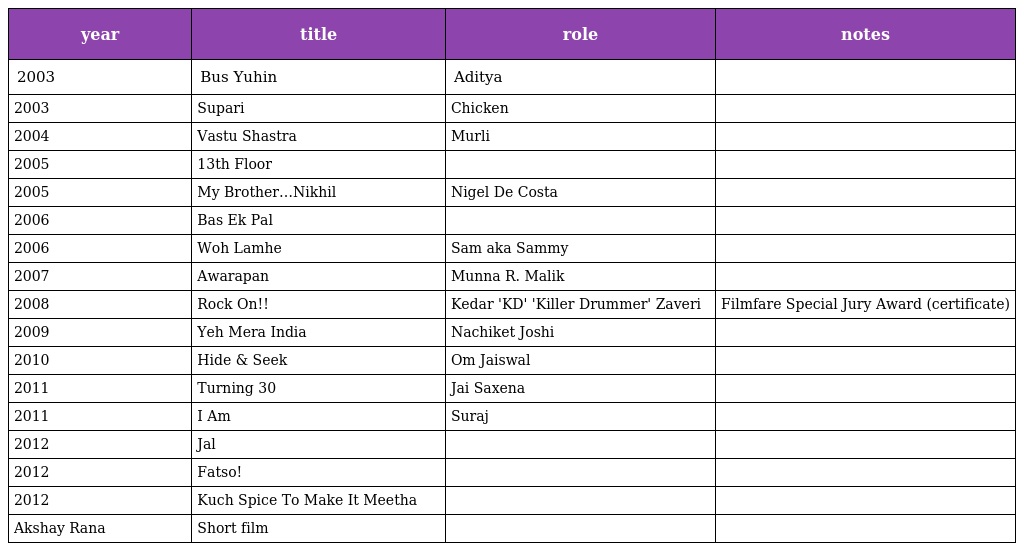
| year | title | role | notes |
 | --- | --- | --- | --- |
 | 2003 | Bus Yuhin | Aditya |  |
 | 2003 | Supari | Chicken |  |
 | 2004 | Vastu Shastra | Murli |  |
 | 2005 | 13th Floor |  |  |
 | 2005 | My Brother…Nikhil | Nigel De Costa |  |
 | 2006 | Bas Ek Pal |  |  |
 | 2006 | Woh Lamhe | Sam aka Sammy |  |
 | 2007 | Awarapan | Munna R. Malik |  |
 | 2008 | Rock On!! | Kedar 'KD' 'Killer Drummer' Zaveri | Filmfare Special Jury Award (certificate) |
 | 2009 | Yeh Mera India | Nachiket Joshi |  |
 | 2010 | Hide & Seek | Om Jaiswal |  |
 | 2011 | Turning 30 | Jai Saxena |  |
 | 2011 | I Am | Suraj |  |
 | 2012 | Jal |  |  |
 | 2012 | Fatso! |  |  |
 | 2012 | Kuch Spice To Make It Meetha |  |  |
 | Akshay Rana | Short film |  |  |